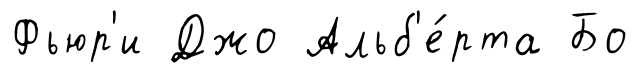
Фьюр'и Джо Альб'е́рта Бо